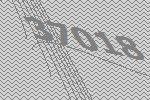
37018